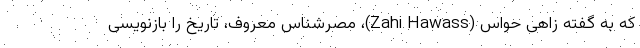
که به گفته زاهی حواس (Zahi Hawass)، مصرشناس معروف، تاریخ را بازنویسی